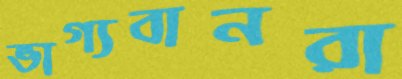
ভাগ্যবানরা